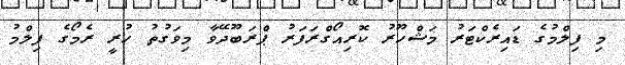
މި ފިލްމުގެ ޑައިރެކްޓަރު މަޝްހޫރު ކޮރިއޯގްރަފަރު ޕްރަބޫދޭވާ މިވަގުތު ހުރީ ރެމޯގެ ފިލްމު